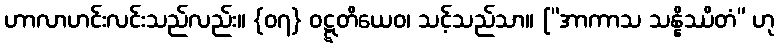
ဟာလာဟင်းလင်းသည်လည်း။ {၀၇} ဝဋ္ဋတိယေဝ၊ သင့်သည်သာ။ [“အာကာသ သန္နိဿိတံ” ဟု